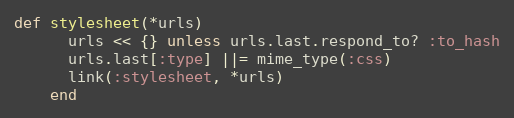
Language: Ruby
def stylesheet(*urls)
      urls << {} unless urls.last.respond_to? :to_hash
      urls.last[:type] ||= mime_type(:css)
      link(:stylesheet, *urls)
    end